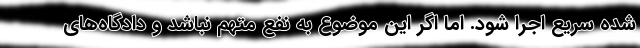
شده سریع اجرا شود. اما اگر این موضوع به نفع متهم نباشد و دادگاه‌های